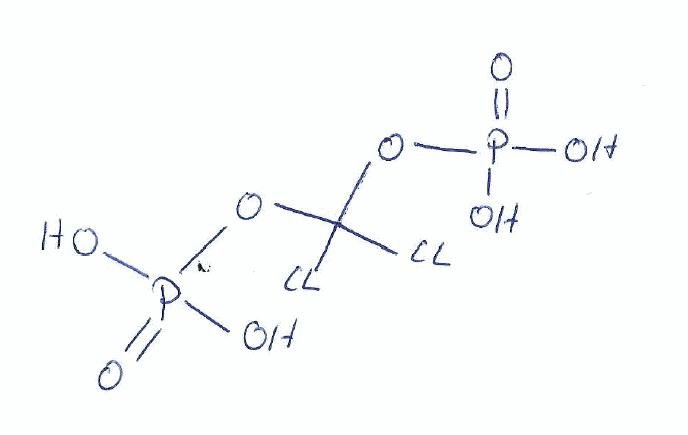
Simplified molecular-input line-entry system (SMILES) notation of the given molecule:
C(OP(=O)(O)O)(OP(=O)(O)O)(Cl)Cl